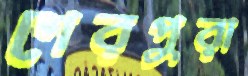
শেরপুরা